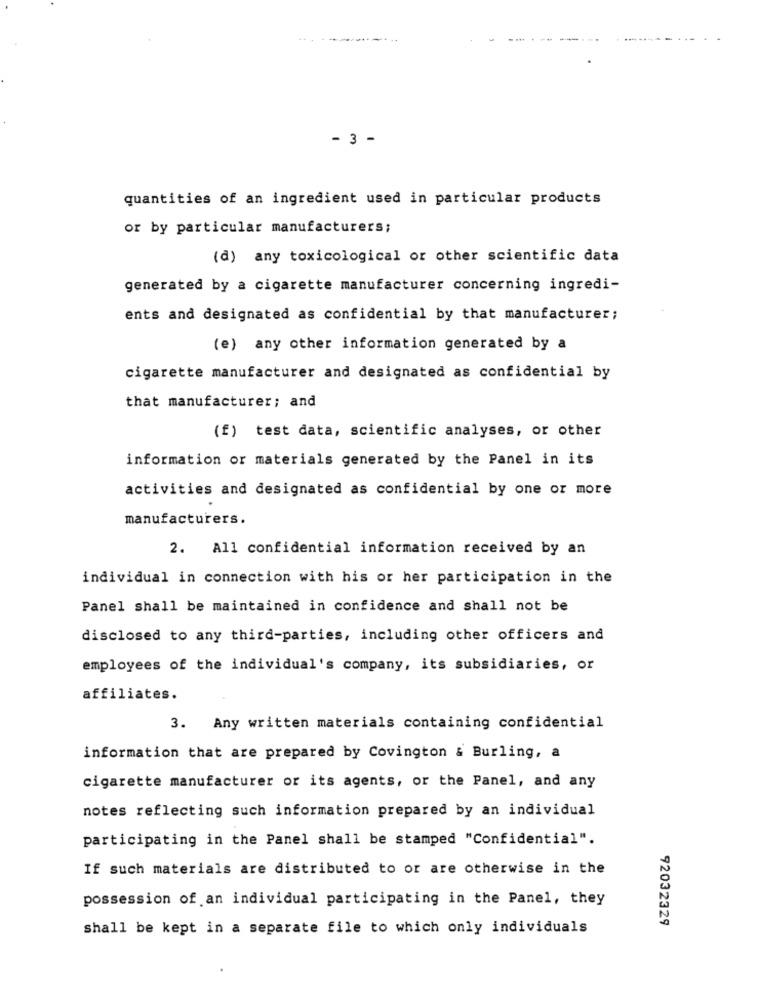
- 3 -
quantities of an ingredient used in particular products
or by particular manufacturers;
(d) any toxicological or other scientific data
generated by a cigarette manufacturer concerning ingredi-
ents and designated as confidential by that manufacturer;
(e) any other information generated by a
cigarette manufacturer and designated as confidential by
that manufacturer; and
(f) test data, scientific analyses, or other
information or materials generated by the Panel in its
activities and designated as confidential by one or more
manufacturers.
2. All confidential information received by an
individual in connection with his or her participation in the
Panel shall be maintained in confidence and shall not be
disclosed to any third-parties, including other officers and
employees of the individual's company, its subsidiaries, or
affiliates.
3. Any written materials containing confidential
information that are prepared by Covington & Burling, a
cigarette manufacturer or its agents, or the Panel, and any
notes reflecting such information prepared by an individual
participating in the Panel shall be stamped "Confidential".
If such materials are distributed to or are otherwise in the
possession of an individual participating in the Panel, they
92032329
shall be kept in a separate file to which only individuals